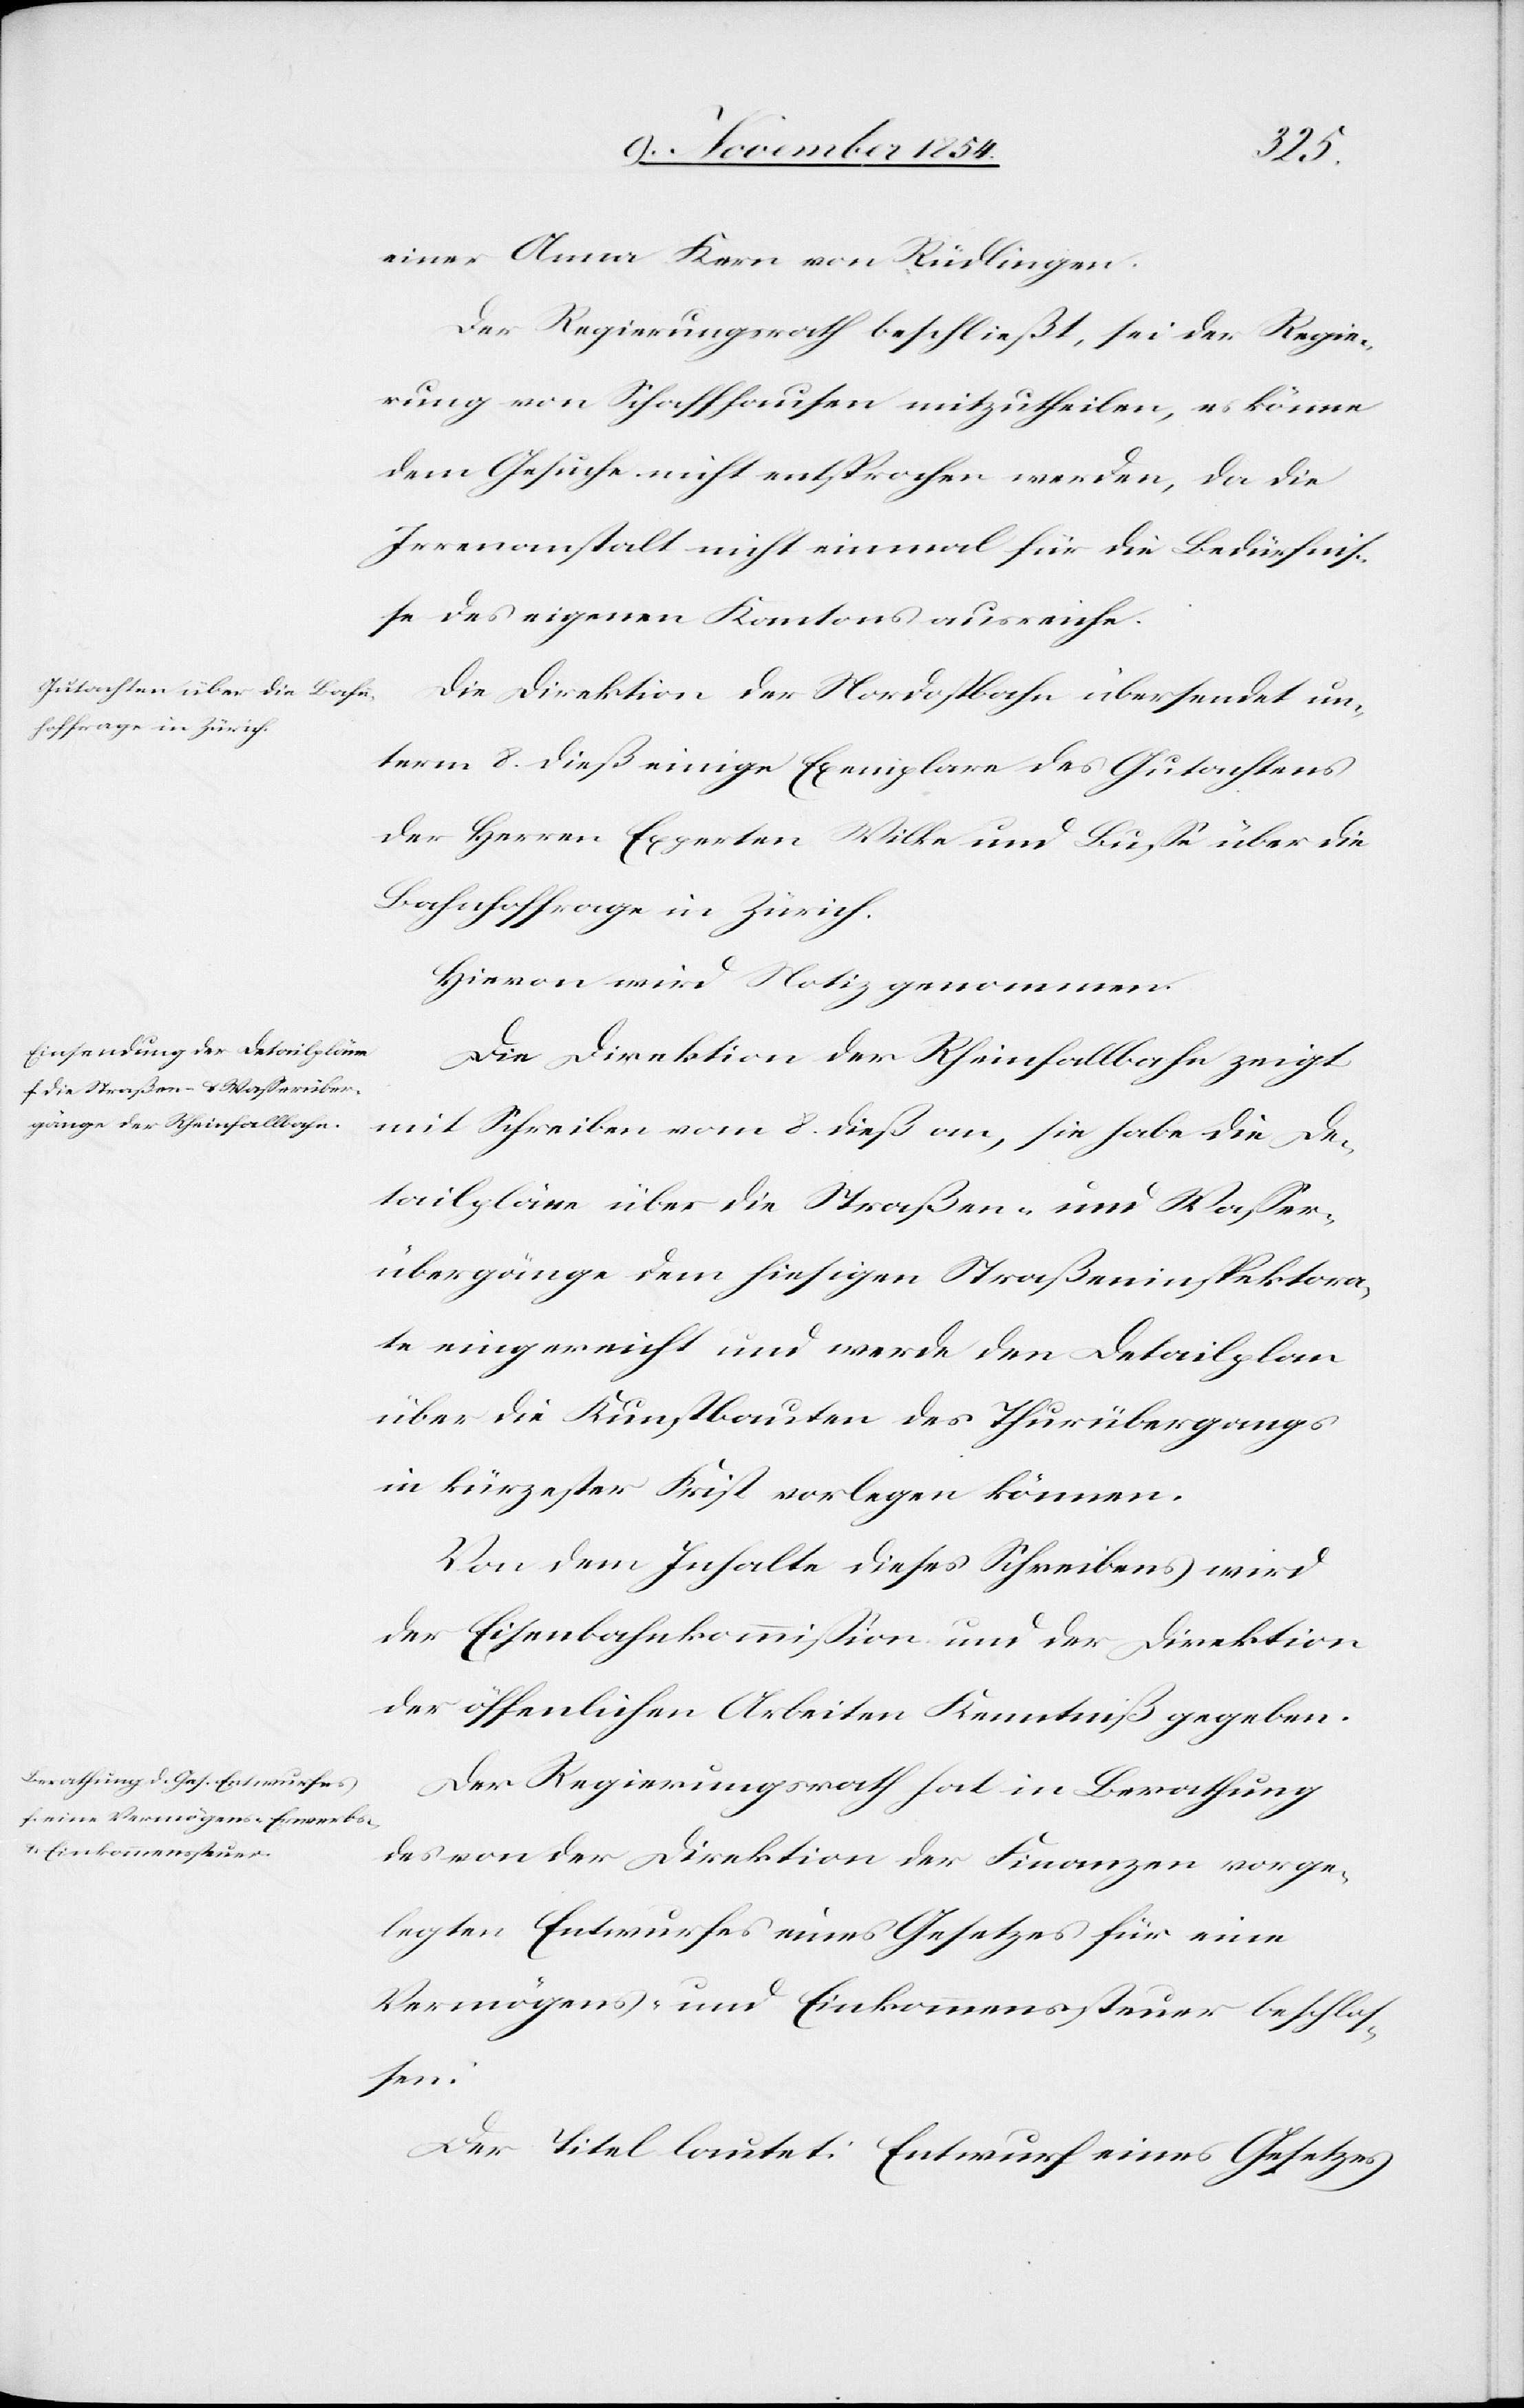
einer Anna Kern von Rüdlingen.
Der Regierungsrath beschließt, sei der Regie¬
rung von Schaffhausen mitzutheilen, es könne
dem Gesuche nicht entsprochen werden, da die
Irrenanstalt nicht einmal für die Bedürfniß¬
e des eigenen Kantons ausreiche.
Die Direktion der Nordostbahn übersendet un¬
term 8. dieß einige Exemplare des Gutachtens
der Herren Experten Wilke und Buße über die
Bahnhoffrage in Zürich.
Hievon wird Notiz genommen.
Die Direktion der Rheinfallbahn zeigt
mit Schreiben vom 8. dieß an, sie habe die De¬
tailpläne über die Straßen-und Waßer¬
übergänge dem hiesigen Straßeninspektora¬
te eingereicht und werde den Detailplan
über die Kunstbauten des Thurübergangs
in kürzester Frist vorlegen können.
Von dem Inhalte dieses Schreibens wird
der Eisenbahnkommißion und der Direktion
der öffentlichen Arbeiten Kenntniß gegeben.
Der Regierungsrath hat in Beratung
des von der Direktion der Finanzen vorge¬
legten Entwurfes eines Gesetzes für eine
Vermögens- und Einkommenssteuer beschlo¬
ßen:
Der Titel lautet: Entwurf eines Gesetzes